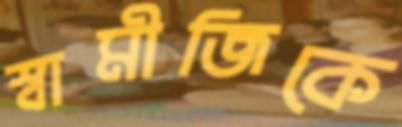
স্বামীজিকে